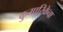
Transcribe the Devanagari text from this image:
कुमारिकेचा